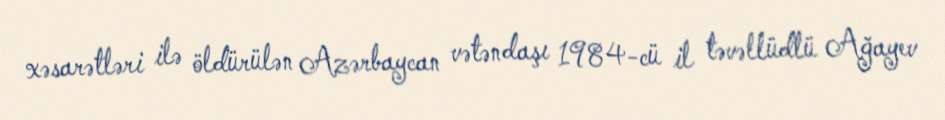
xəsarətləri ilə öldürülən Azərbaycan vətəndaşı 1984-cü il təvəllüdlü Ağayev